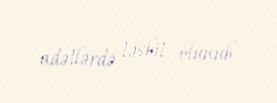
adətlərdə təsbit olunub.